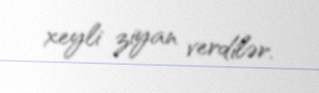
xeyli ziyan verdilər.